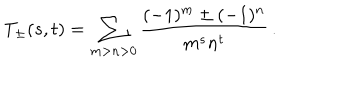
LaTeX: T _ { \pm } ( s , t ) = \sum _ { m > n > 0 } \frac { ( - 1 ) ^ { m } \pm ( - 1 ) ^ { n } } { m ^ { s } n ^ { t } } \, .